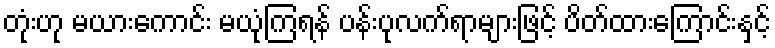
တုံးဟု မယားကောင်း မယုံကြရန် ပန်းပုလက်ရာများဖြင့် ပိတ်ထားကြောင်းနှင့်